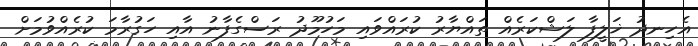
އެހިނދު ޚަލީފާ ލަޝްކަރެއް ތައްޔާރު ކުރައްވައި މަހުމޫދު ރަސްގެފާނު އާއި ހަގުރާމަ ކުރެއްވުމަށް